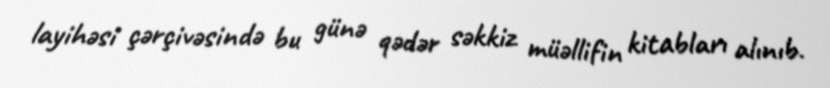
layihəsi çərçivəsində bu günə qədər səkkiz müəllifin kitabları alınıb.